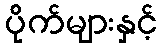
ပိုက်များနှင့်